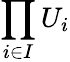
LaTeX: \prod_{i\in I}U_{i}